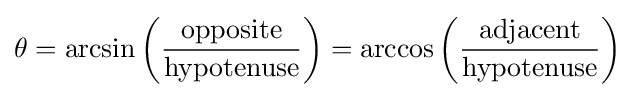
\theta =\arcsin \left({\frac {\text{opposite}}{\text{hypotenuse}}}\right)=\arccos \left({\frac {\text{adjacent}}{\text{hypotenuse}}}\right)